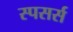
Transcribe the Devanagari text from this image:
स्पसर्स